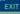
exit